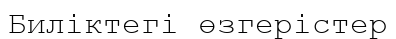
Биліктегі өзгерістер